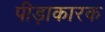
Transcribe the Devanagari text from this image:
पीड़ाकारक